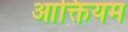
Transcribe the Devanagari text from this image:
आक्तियम